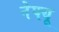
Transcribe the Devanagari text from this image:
नेफ्यू